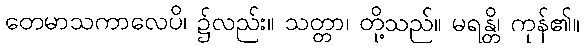
တေမာသကာလေပိ၊ ၌လည်း။ သတ္တာ၊ တို့သည်။ မရန္တိ၊ ကုန်၏။